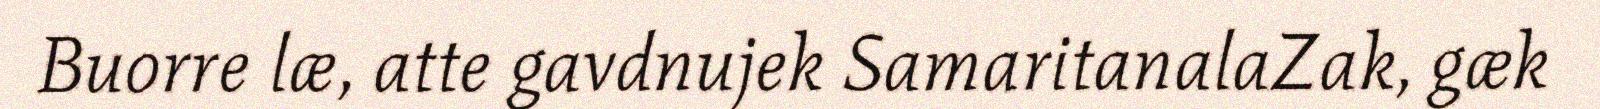
Buorre læ, atte gavdnujek SamaritanalaZak, gæk